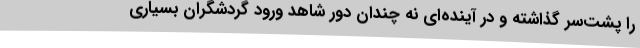
را پشت‌سر گذاشته و در آینده‌ای نه چندان دور شاهد ورود گردشگران بسیاری